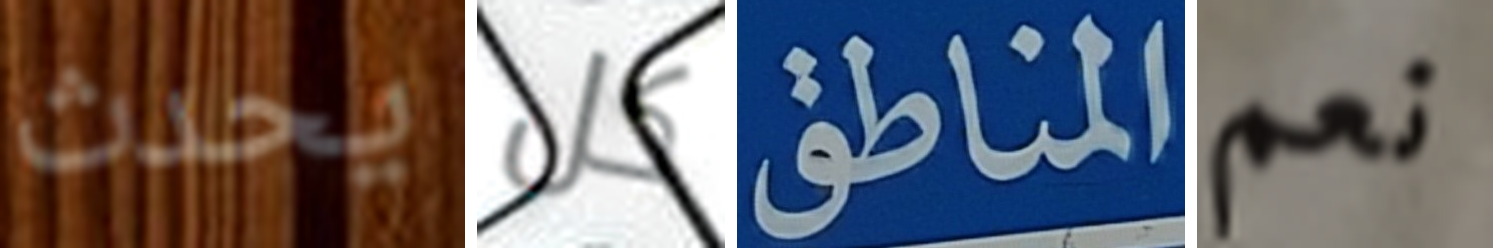
يحدث كل المناطق نعم